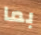
بما